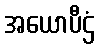
အယောပီဌံ